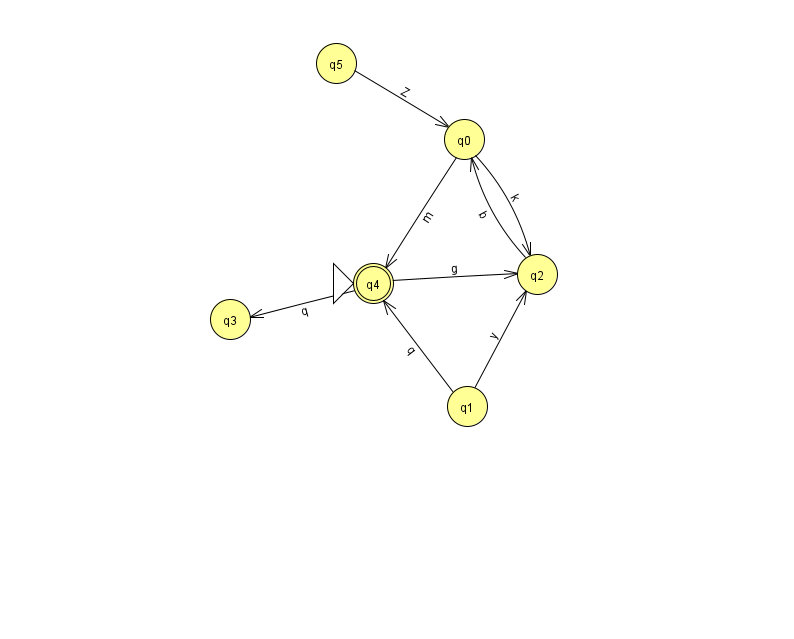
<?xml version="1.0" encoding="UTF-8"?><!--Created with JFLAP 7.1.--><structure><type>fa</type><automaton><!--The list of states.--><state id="0" name="q0"><x>464.0</x><y>126.0</y></state><state id="1" name="q1"><x>467.0</x><y>393.0</y></state><state id="2" name="q2"><x>537.0</x><y>261.0</y></state><state id="3" name="q3"><x>230.0</x><y>306.0</y></state><state id="4" name="q4"><x>373.0</x><y>270.0</y><initial/><final/></state><state id="5" name="q5"><x>336.0</x><y>50.0</y></state><!--The list of transitions.--><transition><from>5</from><to>0</to><read>Z</read></transition><transition><from>0</from><to>4</to><read>m</read></transition><transition><from>1</from><to>4</to><read>q</read></transition><transition><from>4</from><to>2</to><read>g</read></transition><transition><from>0</from><to>2</to><read>k</read></transition><transition><from>4</from><to>3</to><read>q</read></transition><transition><from>1</from><to>2</to><read>y</read></transition><transition><from>2</from><to>0</to><read>b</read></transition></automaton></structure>